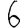
Digit: 6